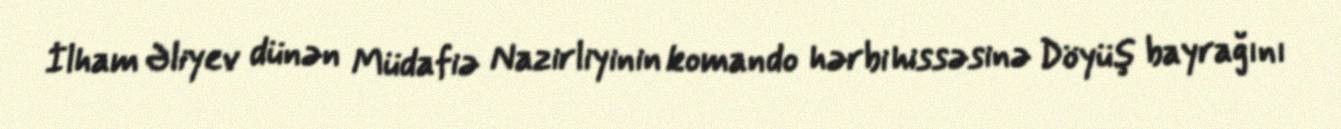
İlham Əliyev dünən Müdafiə Nazirliyinin komando hərbi hissəsinə Döyüş bayrağını